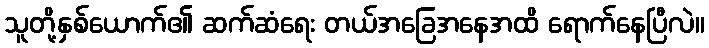
သူတို့နှစ်ယောက်၏ ဆက်ဆံရေး တယ်အခြေအနေအထိ ရောက်နေပြီလဲ။